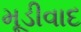
મૂડીવાદ